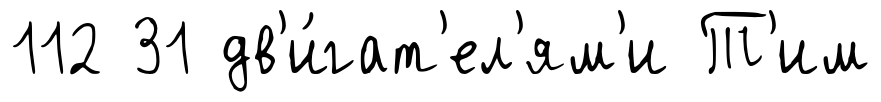
112 31 дв'и́гат'ел'ям'и Т'им